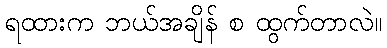
ရထားက ဘယ်အချိန် စ ထွက်တာလဲ။